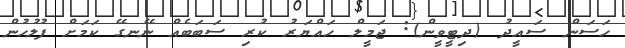
ހަސަން ސައީދު (ދިޓީވީން): ޖަމީލް ހައްޔަރު ކުރި ސަބަބެއް ނޭނގޭ ކަމަށް ފުލުހުން